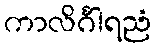
ကာလိင်္ဂါရညံ